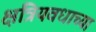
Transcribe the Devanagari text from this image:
क्षत्रियवधाच्या